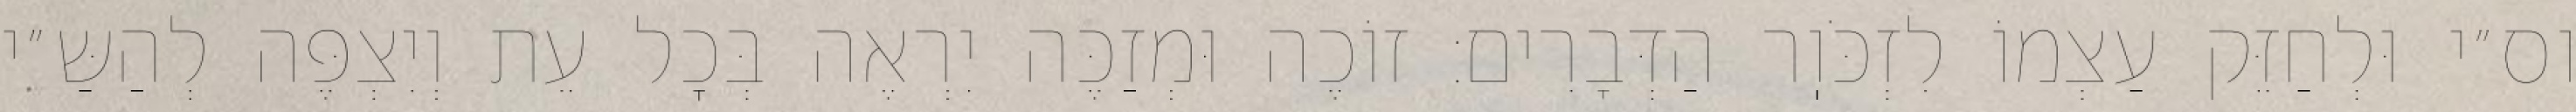
וס״י וּלְחַזֵּק עַצְמוֹ לִזְכֹּוֽר הַדְּבָרִים: זוֹכֶה וּמְזַכֶּה יִרְאֶה בְּכׇל עֵת וְיִצְפֶּה לְהַשַּ״י